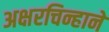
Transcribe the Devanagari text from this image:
अक्षरचिन्हाने